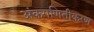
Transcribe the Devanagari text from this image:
अंकगणितीकरण